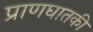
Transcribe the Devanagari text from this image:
प्राणघातकी